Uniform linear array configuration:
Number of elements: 32
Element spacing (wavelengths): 0.25
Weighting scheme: blackman
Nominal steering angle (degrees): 45
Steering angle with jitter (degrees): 43.036
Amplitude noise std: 0.05
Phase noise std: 0.05

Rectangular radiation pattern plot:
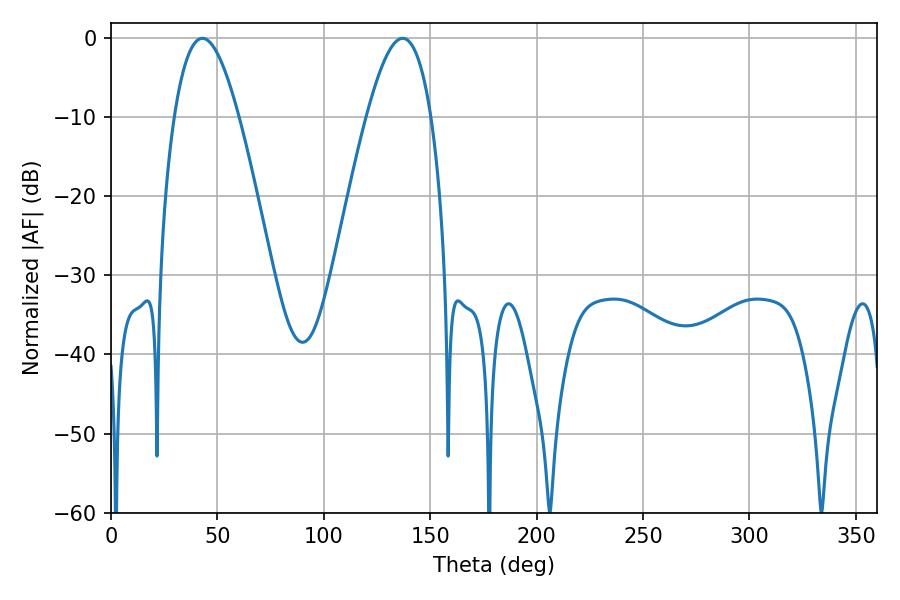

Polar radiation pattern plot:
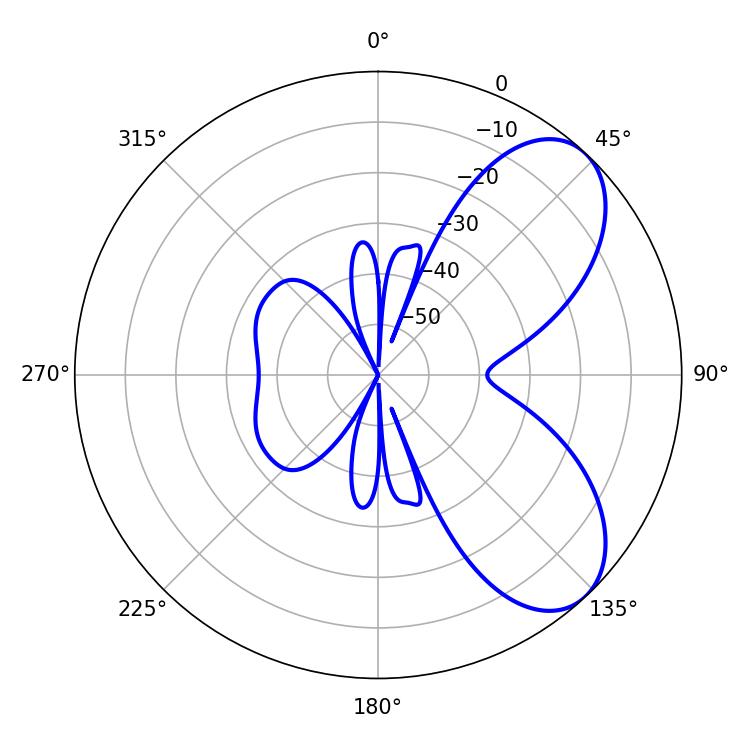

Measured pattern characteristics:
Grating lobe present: FALSE
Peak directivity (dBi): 6.675
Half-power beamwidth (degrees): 16.56
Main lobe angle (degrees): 43.02